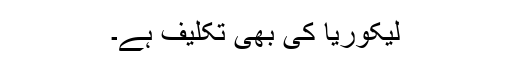
لیکوریا کی بھی تکلیف ہے۔